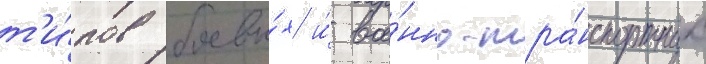
т'и́пов боевы́х и́ вое́нно-тра́нспортных